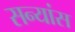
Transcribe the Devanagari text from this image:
सन्यांस